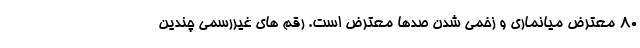
80 معترض میانماری و زخمی شدن صدها معترض است. رقم های غیررسمی چندین